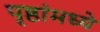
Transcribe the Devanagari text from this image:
पृष्ठांमध्ये